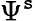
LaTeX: \Psi^{\mathtt{s}}